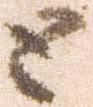
と